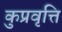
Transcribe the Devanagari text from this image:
कुप्रवृत्ति